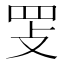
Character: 𰭈